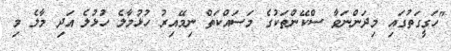
"ހަގީގަތުގައި މިދަންނަވާ ސްކޭންތަކުގެ މަސައްކަތް ނިމޭއިރު ހުޅުމާލެ ހުޅުލެ އަދި މާލެ މި